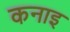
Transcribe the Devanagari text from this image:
कनाइ